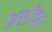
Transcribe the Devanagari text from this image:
अशोक।